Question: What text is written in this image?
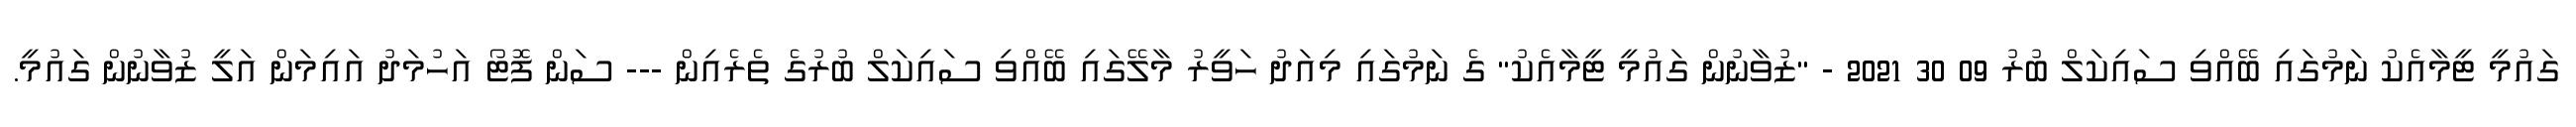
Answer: ގައުމީ ޓީމާއެކު ނަމުގައި ބޭއްވި ސައިކަލް ބުރު 09 30 2021 - "ޒުވާނުން ގައުމީ ޓީމާއެކު" ގެ ނަމުގައި މިއަދު ހަވީރު މާލޭގައި ބޭއްވި ސައިކަލް ބުރުގެ ތެރެއިން --- ސަން ފޮޓޯ އަހުމަދު އައިމަން އަލީ ޒުވާނުން ގައުމީ.